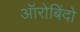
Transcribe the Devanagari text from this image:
ऑरोबिंदो